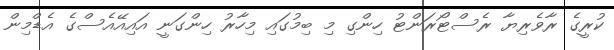
ކުރީގެ ރާވެރިޔާ ރެސްޓޯރަންޓު ހިންގި މި ބިމުގައި މިހާރު ހިންގަނީ އައިއޭއެސްގެ އެޑްމިން